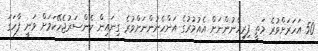
50 އަހަރަށްވުރެ މަތީ ފިރިހެނުންނަށް އެއުމުރުގެ އަންހެނުންނަށްވުރެ ގިނައިން ކެންސަރުޖެހޭކަމަށް ވަނީ ފާހަގަ